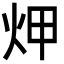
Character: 炠